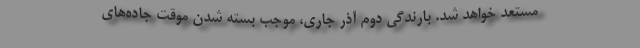
مستعد خواهد شد. بارندگی دوم آذر جاری، موجب بسته شدن موقت جاده‌های